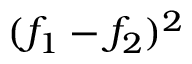
( f _ { 1 } - f _ { 2 } ) ^ { 2 }